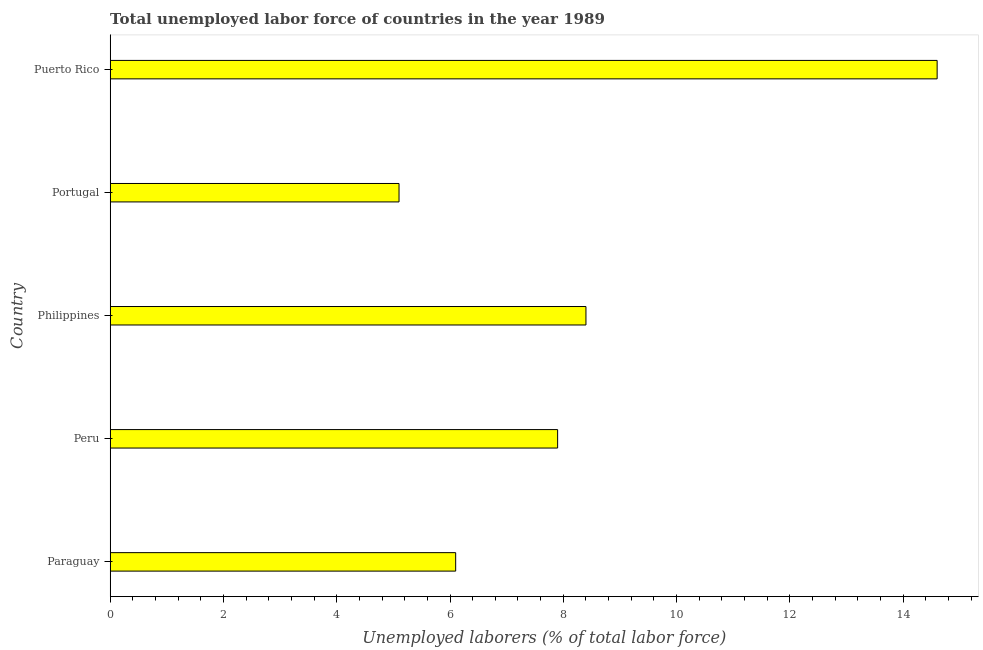
| Country | Unemployment total |
 | --- | --- |
 | Paraguay | 6.1 |
 | Peru | 7.9 |
 | Philippines | 8.4 |
 | Portugal | 5.1 |
 | Puerto Rico | 14.6 |